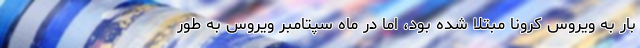
بار به ویروس کرونا مبتلا شده بود، اما در ماه سپتامبر ویروس به طور